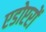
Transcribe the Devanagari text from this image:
एडोप्टरों